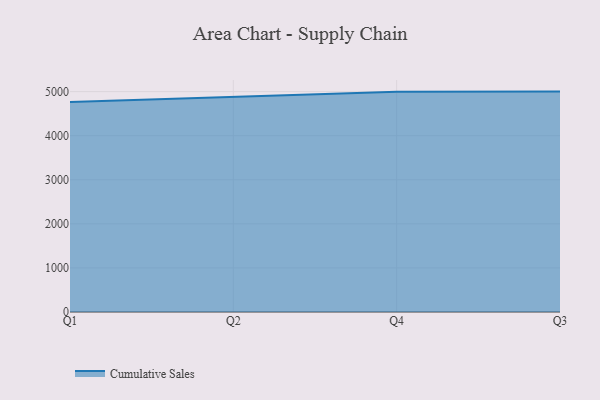
{"axis": {"x": "Quarter", "y": "Energy Usage (MWh)"}, "legend": ["Cumulative Sales"], "data": [{"x": "Q1", "y": 4761.3, "type": "Cumulative Sales"}, {"x": "Q2", "y": 4878.6, "type": "Cumulative Sales"}, {"x": "Q4", "y": 4996.9, "type": "Cumulative Sales"}, {"x": "Q3", "y": 5000, "type": "Cumulative Sales"}]}